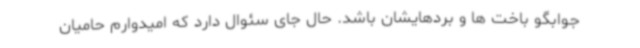
جوابگو باخت ها و بردهایشان باشد. حال جای سئوال دارد که امیدوارم حامیان